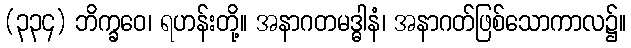
(၃၃၄) ဘိက္ခဝေ၊ ရဟန်းတို့။ အနာဂတမဒ္ဓါနံ၊ အနာဂတ်ဖြစ်သောကာလ၌။